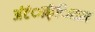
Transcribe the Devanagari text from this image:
अंंटंार्क्िटका